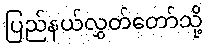
ပြည်နယ်လွှတ်တော်သို့